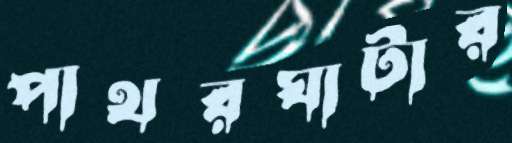
পাথরঘাটার